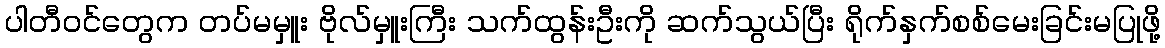
ပါတီဝင်တွေက တပ်မမှူး ဗိုလ်မှူးကြီး သက်ထွန်းဦးကို ဆက်သွယ်ပြီး ရိုက်နှက်စစ်မေးခြင်းမပြုဖို့